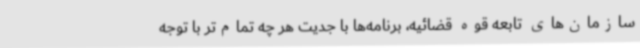
سازمان‌های تابعه قوه قضائیه، برنامه‌ها با جدیت هر چه تمام‌تر با توجه